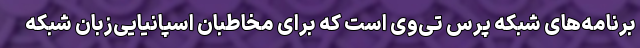
برنامه‌های شبکه پرس تی‌وی است که برای مخاطبان اسپانیایی‌زبان شبکه